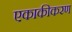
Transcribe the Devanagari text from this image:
एकाकीकरण